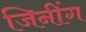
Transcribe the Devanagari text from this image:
जिनींग